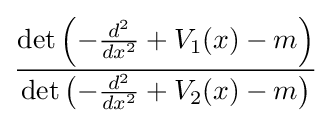
{\frac {\det \left(-{\frac {d^{2}}{dx^{2}}}+V_{1}(x)-m\right)}{\det \left(-{\frac {d^{2}}{dx^{2}}}+V_{2}(x)-m\right)}}